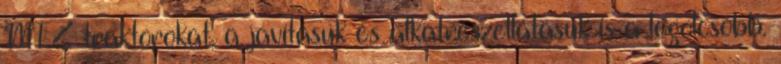
MTZ traktorokat, a javításuk és alkatrészellátásuk is a legolcsóbb.